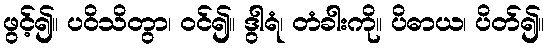
ဖွင့်၍။ ပဝိသိတွာ၊ ဝင်၍။ ဒွါရံ၊ တံခါးကို။ ပိဓာယ၊ ပိတ်၍။